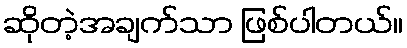
ဆိုတဲ့အချက်သာ ဖြစ်ပါတယ်။